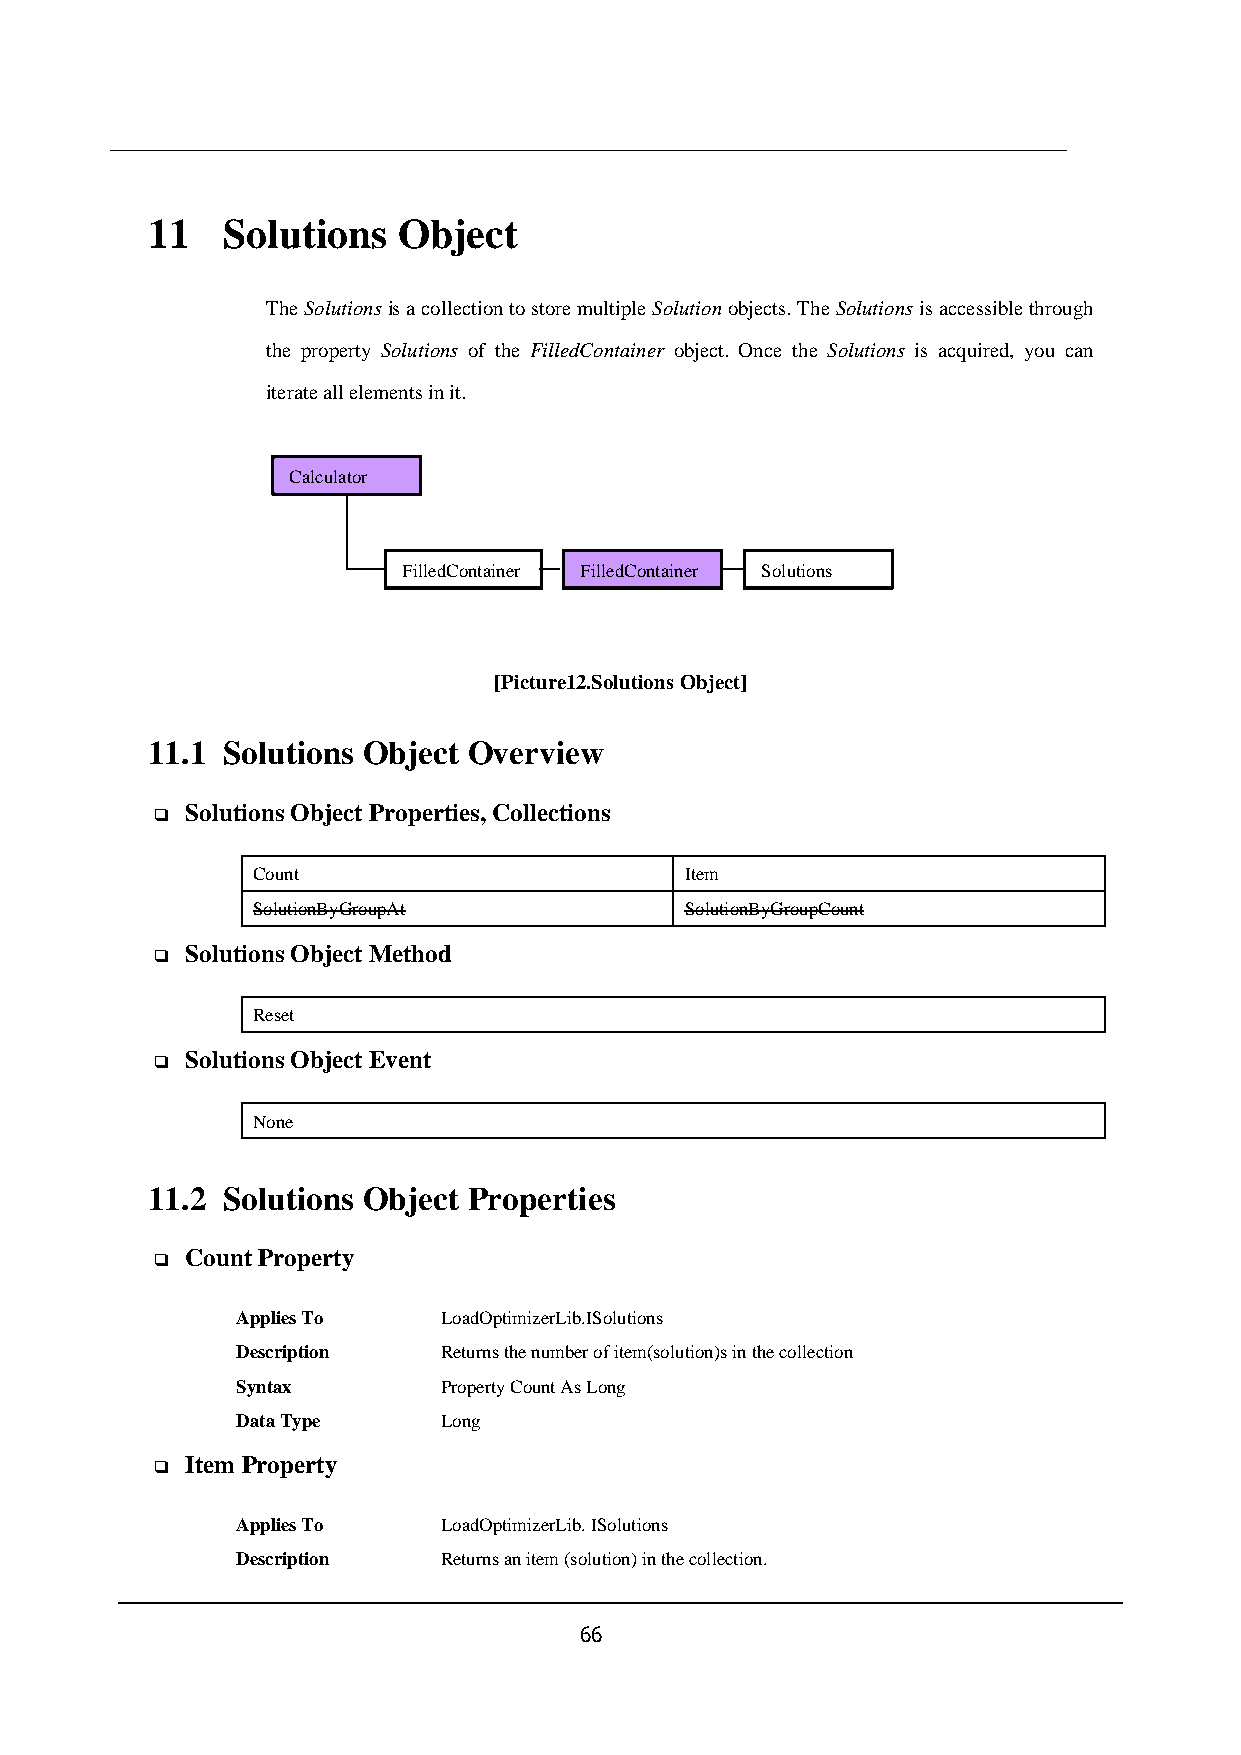
11   Solutions  Object
 The Solutions is a collection to store multiple Solution objects. The Solutions is accessible through
 the property Solutions of the FilledContainer object. Once the Solutions is acquired, you can
 iterate all elements in it.
 Calculator
 FilledContainer FilledContainer Solutions
 s
 [Picture12.Solutions Object]
 11.1 Solutions Object Overview
 Solutions Object Properties, Collections
 ❑
 Count                       Item
 SolutionByGroupAt           SolutionByGroupCount
 Solutions Object Method
 ❑
 Reset
 Solutions Object Event
 ❑
 None
 11.2 Solutions Object Properties
 Count Property
 ❑
 Applies To   LoadOptimizerLib.ISolutions
 Description  Returns the number of item(solution)s in the collection
 Syntax       Property Count As Long
 Data Type    Long
 Item Property
 ❑
 Applies To   LoadOptimizerLib. ISolutions
 Description  Returns an item (solution) in the collection.
 66